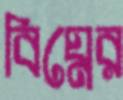
বিঘ্নের